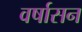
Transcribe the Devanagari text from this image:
वर्षासन